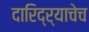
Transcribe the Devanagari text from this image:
दारिद्र्याचेच